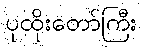
ပုထိုးတော်ကြီး